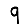
Digit: 9